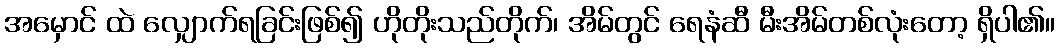
အမှောင် ထဲ လျှောက်ရခြင်းဖြစ်၍ ဟိုတိုးသည်တိုက်၊ အိမ်တွင် ရေနံဆီ မီးအိမ်တစ်လုံးတော့ ရှိပါ၏။